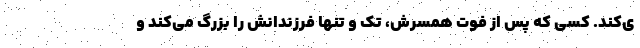
ی‌کند. کسی که پس از فوت همسرش، تک و تنها فرزندانش را بزرگ می‌کند و